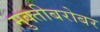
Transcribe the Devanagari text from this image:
मुक्तीबरोबर